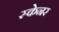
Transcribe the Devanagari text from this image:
स्‍केनर